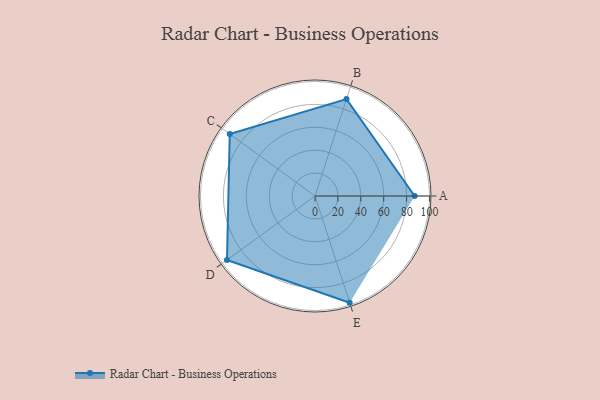
{"axis": {"x": "Skill", "y": "Score"}, "legend": ["Profile"], "data": [{"x": "A", "y": 87.0, "type": "Profile"}, {"x": "B", "y": 89.0, "type": "Profile"}, {"x": "C", "y": 92.0, "type": "Profile"}, {"x": "D", "y": 95.0, "type": "Profile"}, {"x": "E", "y": 98.0, "type": "Profile"}]}